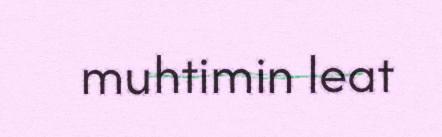
muhtimin leat